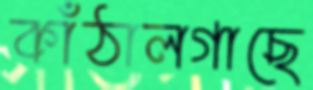
কাঁঠালগাছে